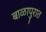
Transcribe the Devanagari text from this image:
बाळापुरात